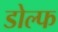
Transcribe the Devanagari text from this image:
डोल्फ